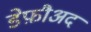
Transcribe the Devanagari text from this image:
डेफ़ौअद